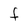
Character: f